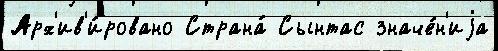
Арх'ив'и́ровано Страна́ Сынтас значе́н'иjа